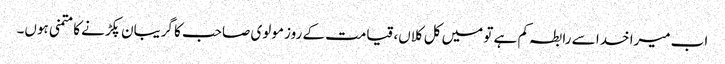
اب میرا خدا سے رابطہ کم ہے تو میں کل کلاں، قیامت کے روز مولوی صاحب کا گریبان پکڑنے کا متمنی ہوں۔